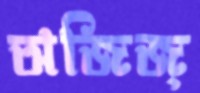
অজিজ্